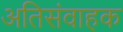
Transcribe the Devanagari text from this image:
अतिसंवाहक